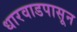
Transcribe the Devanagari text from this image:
धारवाडपासून